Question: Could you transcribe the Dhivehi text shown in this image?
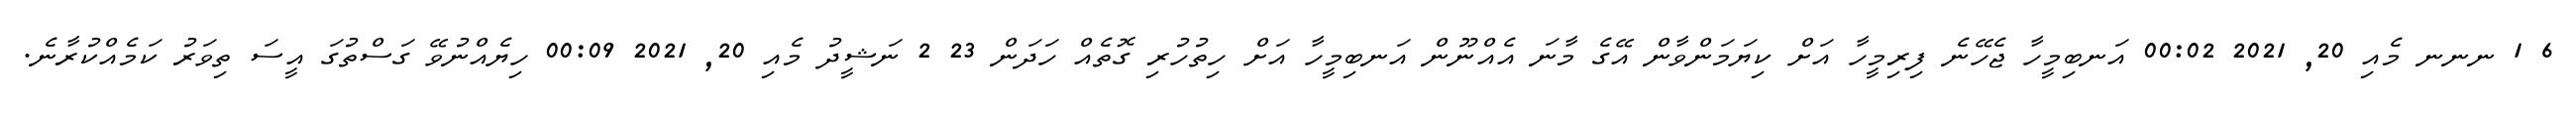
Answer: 6 1 ނނނ މެއި 20, 2021 00:02 އަނބިމީހާ ޖެހޭނެ ފިރިމީހާ އަށް ކިޔަމަންވާން އޭގެ މާނަ އެއްނޫން އަނބިމީހާ އަށް ހިތުހުރި ގޮތެއް ހަދަން 23 2 ނަޝީދު މެއި 20, 2021 00:09 ހިޔެއްނުވޭ ގަސްތުގަ އީސަ ތިވަރު ކަމެއްކުރާނެ.